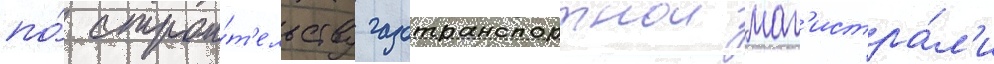
по́ строи́т'ельству газотранспортнои маг'истра́л'и